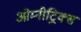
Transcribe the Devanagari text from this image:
ओम्नीट्रिक्स